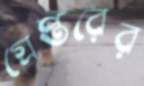
গ্রেপ্তরের